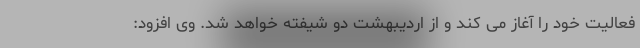
فعالیت خود را آغاز می کند و از اردیبهشت دو شیفته خواهد شد. وی افزود: